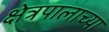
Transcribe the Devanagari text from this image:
क्षेत्रपालाच्या